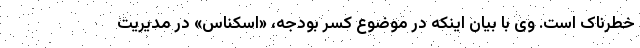
خطرناک است. وی با بیان اینکه در موضوع کسر بودجه، «اسکناس» در مدیریت